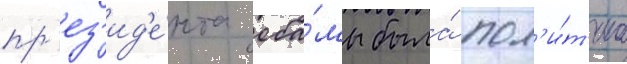
пр'ез'ид'е́нта оба́мы была́ пол'и́т'ика